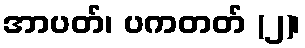
အာပတ်၊ ပကတတ် (၂)၊